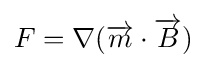
F=\nabla ({\overrightarrow {m}}\cdot {\overrightarrow {B}})